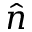
\hat { n }